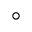
^ { \circ }